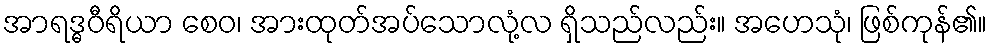
အာရဒ္ဓဝီရိယာ စေဝ၊ အားထုတ်အပ်သောလုံ့လ ရှိသည်လည်း။ အဟေသုံ၊ ဖြစ်ကုန်၏။